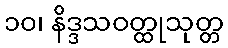
၁၀၊ နိဒ္ဒသဝတ္ထုသုတ္တ